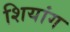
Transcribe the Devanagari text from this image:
शियांग